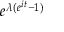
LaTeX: \! \, e ^ { \lambda ( e ^ { i t } - 1 ) }